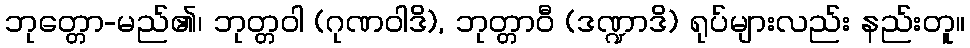
ဘုတ္တော-မည်၏၊ ဘုတ္တဝါ (ဂုဏဝါဒိ), ဘုတ္တာဝီ (ဒဏ္ဍာဒိ) ရုပ်များလည်း နည်းတူ။